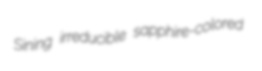
Sining irreducible sapphire-colored